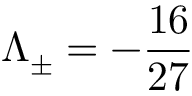
\Lambda _ { \pm } = - \frac { 1 6 } { 2 7 }